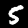
Digit: 5